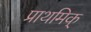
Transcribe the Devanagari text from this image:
प्राथमिक्